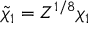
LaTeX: \tilde { \chi } _ { 1 } = Z ^ { 1 / 8 } \chi _ { 1 }